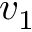
v _ { 1 }